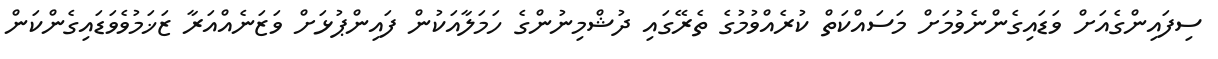
ސިފައިންގެއަށް ވަޑައިގެންނެވުމަށް މަސައްކަތް ކުރެއްވުމުގެ ތެރޭގައި ދުޝްމިނުންގެ ހަމަލާއަކުން ފައިންޕުޅަށް ވަޒަނެއްއަރާ ޒަޚަމުވެވަޑައިގެންކަން